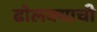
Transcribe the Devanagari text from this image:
ढोलक्याची